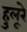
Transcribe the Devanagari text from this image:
हुलूरे